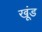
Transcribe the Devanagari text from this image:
खूंड